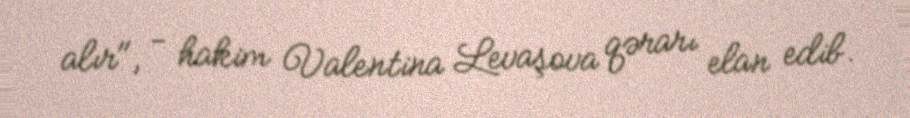
alır", - hakim Valentina Levaşova qərarı elan edib.